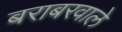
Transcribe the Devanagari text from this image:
बराबरवाले